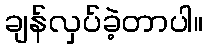
ချန်လှပ်ခဲ့တာပါ။